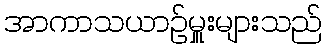
အာကာသယာဉ်မှူးများသည်